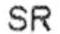
SR